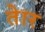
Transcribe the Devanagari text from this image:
तेार